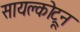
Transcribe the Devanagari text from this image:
सायक्लोट्रून